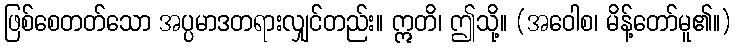
ဖြစ်စေတတ်သော အပ္ပမာဒတရားလျှင်တည်း။ ဣတိ၊ ဤသို့။ (အဝေါစ၊ မိန့်တော်မူ၏။)